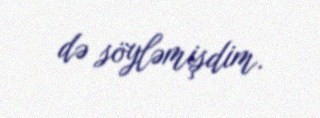
də söyləmişdim.